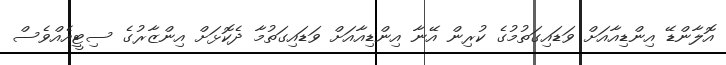
އޮލާންޑޭ އިންޑިއާއަށް ވަޑައިގަތުމުގެ ކުރިން އޭނާ އިންޑިއާއަށް ވަޑައިގަތުމާ ދެކޮޅަށް އިންޒާރުގެ ސިޓީއެއްވެސް